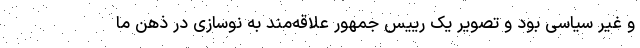
و غیر سیاسی بود و تصویر یک رییس جمهور علاقه‌مند به نوسازی در ذهن ما